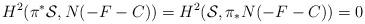
LaTeX: \begin{align*}H^{2}(\pi^{*}{\cal S}, N(-F -C)) =H^{2} ({\cal S}, \pi_{*}N(-F -C))=0\end{align*}